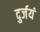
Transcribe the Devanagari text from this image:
दुर्जयं